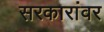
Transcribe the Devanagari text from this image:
सरकारांवर